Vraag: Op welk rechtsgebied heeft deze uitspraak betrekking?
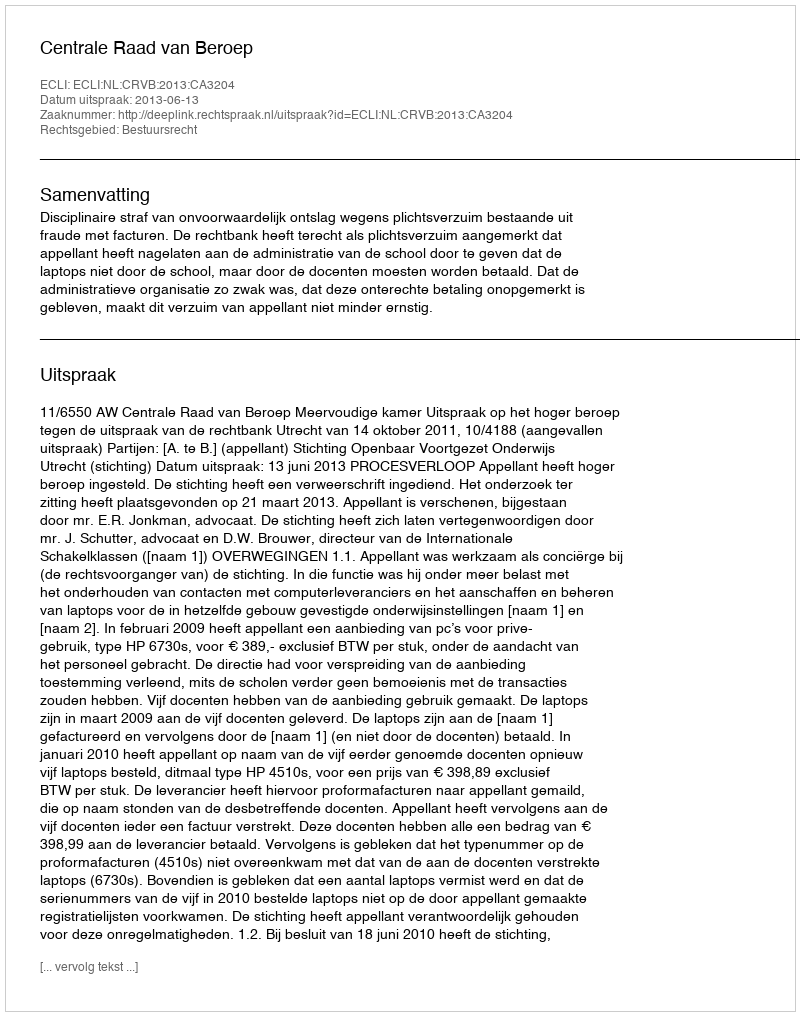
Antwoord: Bestuursrecht